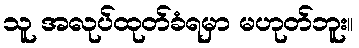
သူ အလုပ်ထုတ်ခံရမှာ မဟုတ်ဘူး။